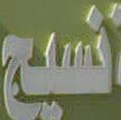
فسيح